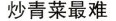
炒青菜最难